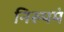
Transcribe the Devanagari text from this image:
निरुपमं